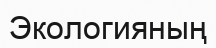
Экологияның